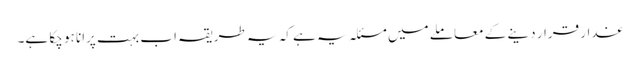
غدار قرار دینے کے معاملے میں مسئلہ یہ ہے کہ یہ طریقہ اب بہت پرانا ہو چکا ہے۔